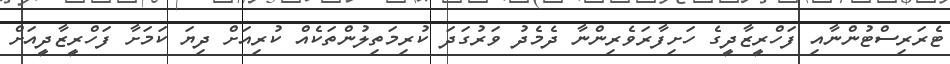
ޓެރަރިސްޓުންނާއި ފަހްރީޒާދީގެ ހަށިފާރަވެރިންނާ ދެމެދު ވަރުގަދަ ކުރިމަތިލުންތަކެއް ކުރިއަށް ދިޔަ ކަމަށާ ފަހްރީޒާދީއަށް